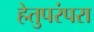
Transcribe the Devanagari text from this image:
हेतुपरंपरा